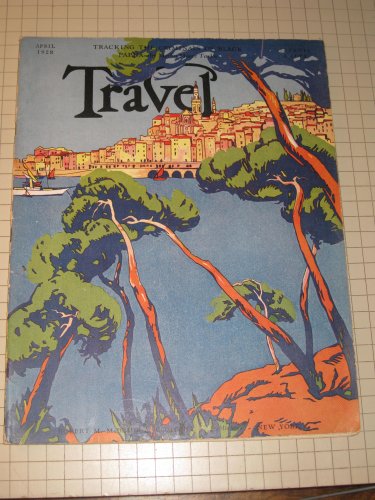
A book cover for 1928 TRAVEL Magazine: Ethiopia - Classroom in Peking - Bulgaria's Capital - Highway of the Dead Pilgrims (Iraq); Travel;